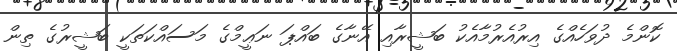
ކޮންމެ ދުވަހެއްގެ އިރުއެރުމާއެކު ބަޝީރާއި އޭނާގެ ބައްޕަ ނަޢީމްގެ މަސައްކަތަކީ ބަޝީރުގެ ތިން